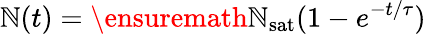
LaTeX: \mathbb{N}(t)=\ensuremath{{\mathbb{N}_{\mathrm{{sat}}}}}(1-e^{-t/\tau})